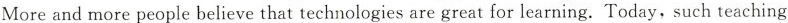
More and more people believe that technologies are great for learning.Today, such teaching